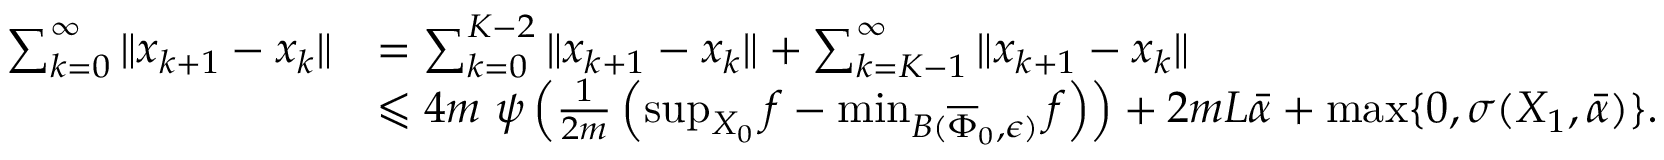
\begin{array} { r l } { \sum _ { k = 0 } ^ { \infty } \| x _ { k + 1 } - x _ { k } \| } & { = \sum _ { k = 0 } ^ { K - 2 } \| x _ { k + 1 } - x _ { k } \| + \sum _ { k = K - 1 } ^ { \infty } \| x _ { k + 1 } - x _ { k } \| } \\ & { \leqslant 4 m ~ \psi \left( \frac { 1 } { 2 m } \left( \operatorname* { s u p } _ { X _ { 0 } } f - \operatorname* { m i n } _ { B ( \overline { { \Phi } } _ { 0 } , \epsilon ) } f \right) \right) + 2 m L \bar { \alpha } + \operatorname* { m a x } \{ 0 , \sigma ( X _ { 1 } , \bar { \alpha } ) \} . } \end{array}